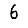
Digit: 6